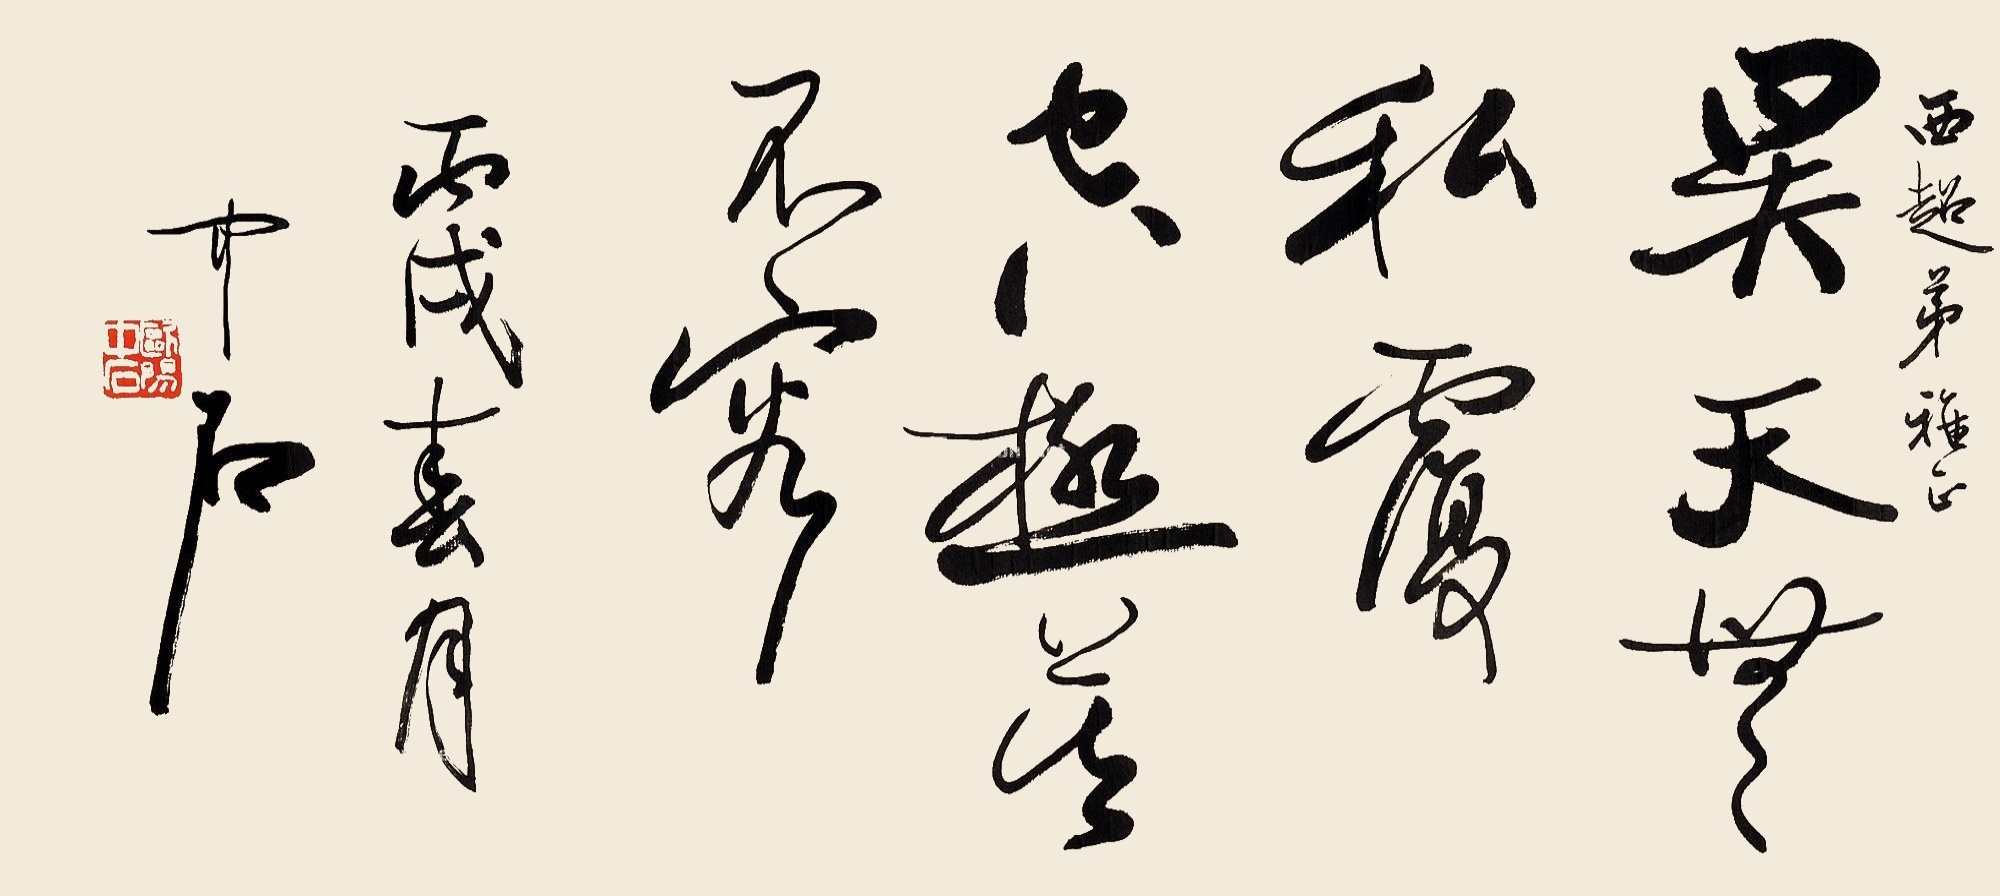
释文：昊天无私覆，空极莫不容。西超弟雅正。丙戌春月，中石。